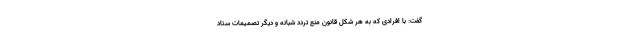
گفت: با افرادی که به هر شکل قانون منع تردد شبانه و دیگر تصمیمات ستاد